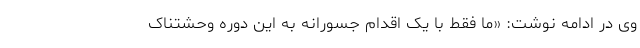
وی در ادامه نوشت: «ما فقط با یک اقدام جسورانه به این دوره وحشتناک